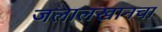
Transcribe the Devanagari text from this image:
जलालखानचा